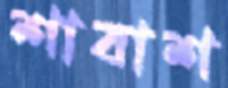
শাবাশ